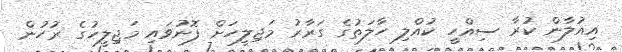
އިއުލާން ކުރާ ސިއްހީ ކުއްލި ހާލަތުގެ ގަރާރު މަޖިލީހަށް ފޮނުވައި މަޖިލީހުގެ ރުހުން